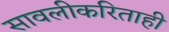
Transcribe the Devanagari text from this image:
सावलीकरिताही